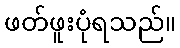
ဖတ်ဖူးပုံရသည်။